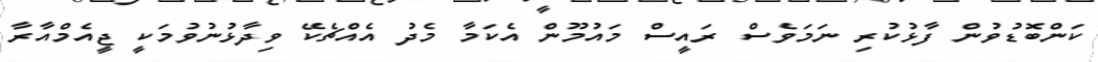
ކަންބޮޑުވުން ފާޅުކުރި ނަމަވެސް ރައީސް މައުމޫން އެކަމާ މެދު އެއްޗެކޭ ވިދާޅުނުވުމަކީ ޖީއެމްއާރާ